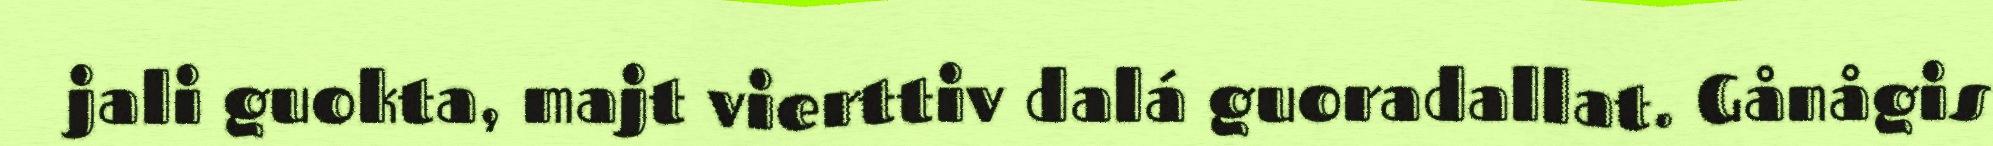
jali guokta, majt vierttiv dalá guoradallat. Gånågis